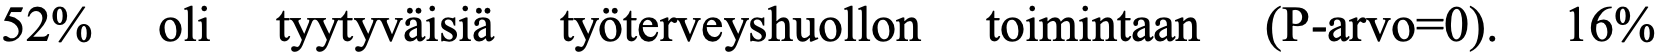
52%  oli tyytyväisiä työterveyshuollon toimintaan (P-arvo=0). 16%